Civil Veterinary Dept. Bombay admin report 1907-1913 - 1907-1913
Year: 1907
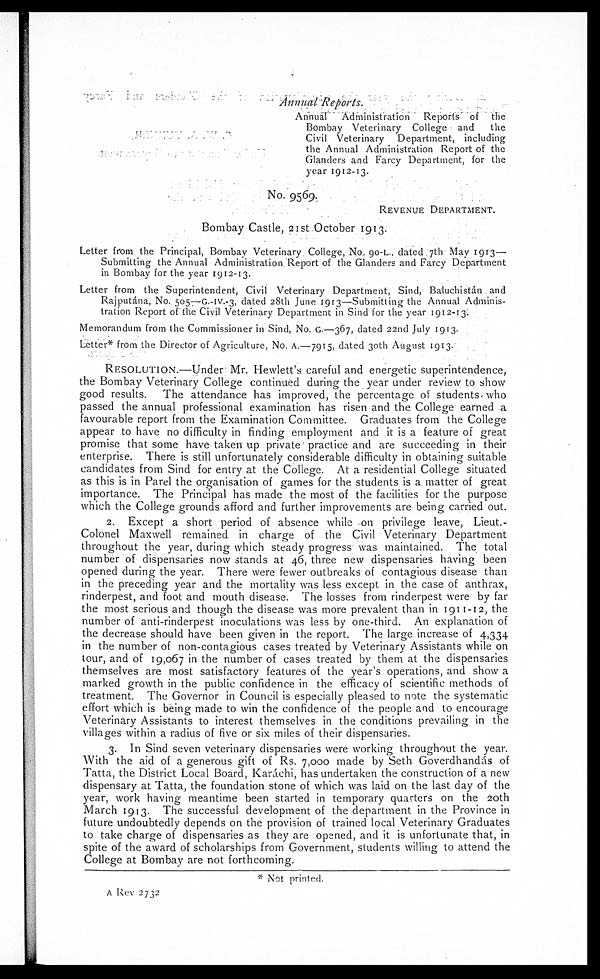
Annual
Reports.
Annual
Administration Reports of the
Bombay Veterinary College and
the
Civil Veterinary Department, including
the Annual Administration Report of the
Glanders and Farcy Department, for the
year 1912-13.
No. 9569.
REVENUE DEPARTMENT.
Bombay Castle, 21st October 1913.
Letter from the Principal, Bombay Veterinary College, No. 90-1, dated 7th May 1913—
Submitting the Annual Administration Report of the Glanders and Farcy Department
in Bombay for the year 1912-13.
Letter from the Superintendent, Civil Veterinary Department, Sind, Baluchistán and
Rajputána, No. 505-G.-IV.-3, dated 28th June 1913—Submitting the Annual Adminis-
tration Report of the Civil Veterinary Department in Sind for the year 1912-13.
Memorandum from the Commissioner in Sind, No. G.—367, dated 22nd July 1913.
Letter* from the Director of Agriculture, No. A.—7915, dated 30th August 1913
RESOLUTION.—Under Mr. Hewlett's careful and energetic superintendence,
the Bombay Veterinary College continued during the year under review to show
good results.
The attendance has improved, the percentage of students who
passed the annual professional examination has risen and the College earned a
favourable report from the Examination Committee. Graduates from the College
appear to have no difficulty in finding employment and it is a feature of great
promise that some have taken up private practice and are succeeding in their
enterprise. There is still unfortunately considerable difficulty in obtaining suitable
candidates from Sind for entry at the College. At a residential College situated
as this is in Parel the organisation of games for the students is a matter of great
importance. The Principal has made the most of the facilities for the purpose
which the College grounds afford and further improvements are being carried out.
2. Except a short period of absence while on privilege leave, Lieut.-
Colonel Maxwell remained in charge of the Civil Veterinary Department
throughout the year, during which steady progress was maintained. The total
number of dispensaries now stands at 46, three new dispensaries having been
opened during the year. There were fewer outbreaks of contagious disease than
in the preceding year and the mortality was less except in the case of anthrax,
rinderpest, and foot and mouth disease. The losses from rinderpest were by far
the most serious and though the disease was more prevalent than in 1911-12, the
number of anti-rinderpest inoculations was less by one-third. An explanation of
the decrease should have been given in the report. The large increase of 4,334
in the number of non-contagious cases treated by Veterinary Assistants while on
tour, and of 19,067 in the number of cases treated by them at the dispensaries
themselves are most satisfactory features of the year's operations, and show a
marked growth in the public confidence in the efficacy of scientific methods of
treatment. The Governor in Council is especially pleased to note the systematic
effort which is being made to win the confidence of the people and to encourage
Veterinary Assistants to interest themselves in the conditions prevailing in the
villages within a radius of five or six miles of their dispensaries.
3. In Sind seven veterinary dispensaries were working throughout the year
With the aid of a generous gift of Rs. 7,000 made by Seth Goverdhandás of
Tatta, the District Local Board, Karachi, has undertaken the construction of a new
dispensary at Tatta, the foundation stone of which was laid on the last day of the
year, work having meantime been started in temporary quarters on the 20th
March 1913. The successful development of the department in the Province in
future undoubtedly depends on the provision of trained local Veterinary Graduates
to take charge of dispensaries as they are opened, and it is unfortunate that, in
spite of the award of scholarships from Government, students willing to attend the
College at Bombay are not forthcoming.
* Not printed.
A Rev 2732